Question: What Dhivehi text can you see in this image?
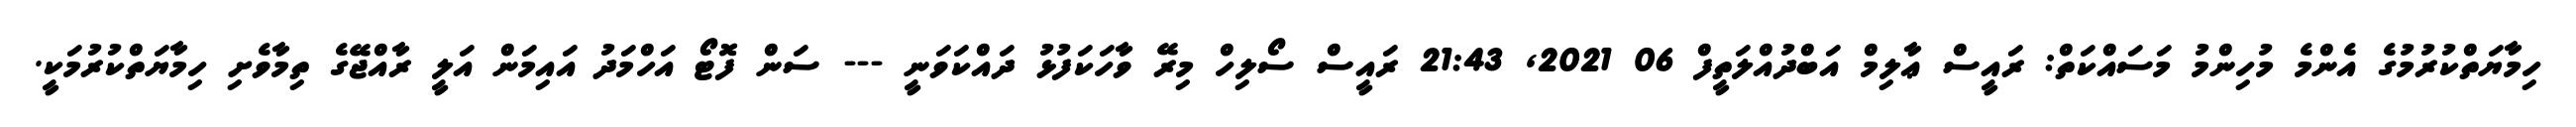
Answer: ހިމާޔަތްކުރުމުގެ އެންމެ މުހިންމު މަސައްކަތް: ރައީސް ޢާލިމް އަބްދުއްލަތީފް 06 2021, 21:43 ރައީސް ސޯލިހް މިރޭ ވާހަކަފުޅު ދައްކަވަނީ --- ސަން ފޮޓޯ އަހްމަދު އައިމަން އަލީ ރާއްޖޭގެ ތިމާވެށި ހިމާޔަތްކުރުމަކީ.